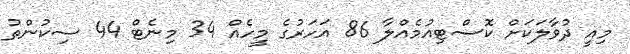
މިއީ ދުވާލަކަށް ކޮސްޓިއުމެއްލާ 86 އަހަރުގެ މީހެއް 34 މިނެޓް 44 ސިކުންތު